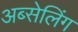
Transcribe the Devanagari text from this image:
अब्सेलिंग